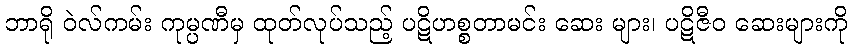
ဘာရို ဝဲလ်ကမ်း ကုမ္ပဏီမှ ထုတ်လုပ်သည့် ပဋိဟစ္စတာမင်း ဆေး များ၊ ပဋိဇီဝ ဆေးများကို